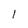
Character: l